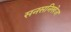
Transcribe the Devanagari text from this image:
सनसनिखेज